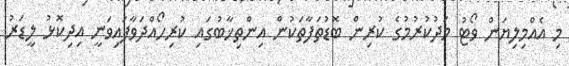
މި އެއްމިލިޔަން ވޯޓު މަދުކުރުމުގެ ކުރިން ބޮޑުތަފާތަކުން އިންތިޚާބުގައި ކުރިހޯއްދަވާފައިވަނީ އިދިކޮޅު ލީޑަރު